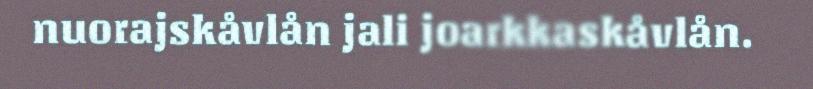
nuorajskåvlån jali joarkkaskåvlån.